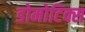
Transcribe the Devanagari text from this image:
डोमोटिक्स